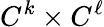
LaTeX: C^{k}\times C^{\ell}